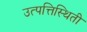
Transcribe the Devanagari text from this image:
उत्पत्तिस्थिती